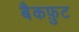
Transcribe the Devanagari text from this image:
बैकफ़ुट